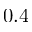
0 . 4